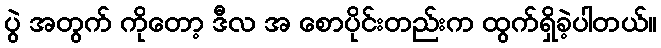
ပွဲ အတွက် ကိုတော့ ဒီလ အ စောပိုင်းတည်းက ထွက်ရှိခဲ့ပါတယ်။